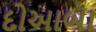
દોઆબા